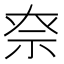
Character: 𥘾